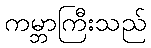
ကမ္ဘာကြီးသည်